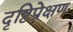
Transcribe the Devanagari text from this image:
दृष्टिप्रेक्षण